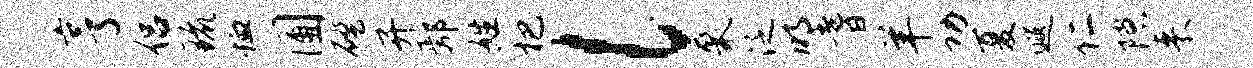
亨侣琉恤圃磴开鄢姓杷l聚泛明耆羊功夏遐仁隙来